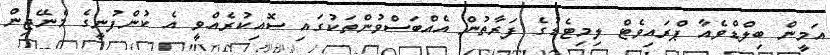
އަމީން ބިލްޑްވެއާ ޕްރައިވެޓް ލިމިޓެޑުގެ ފަރާތުން އެއްބަސްވުންތަކުގައި ސޮއިކުރެއްވީ އެ ކުންފުނީގެ މެނޭޖިން